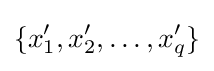
\{x_{1}',x_{2}',\dots ,x_{q}'\}